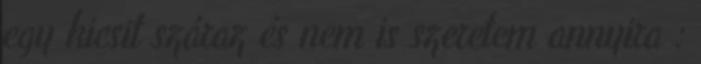
egy kicsit száraz és nem is szeretem annyira :